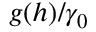
g ( h ) / \gamma _ { 0 }